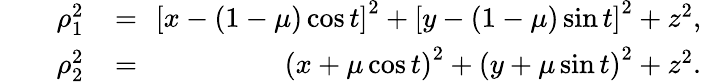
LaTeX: \begin{array}{rlr}{\qquad\rho_{1}^{2}}&{{}\! =\! \! }&{{\left[x-(1-\mu)\cos{t}\right]}^{2}+{\left[y-(1-\mu)\sin{t}\right]}^{2}+z^{2},}\\ {\qquad\rho_{2}^{2}}&{{}\! =\! \! }&{{\left(x+\mu\cos{t}\right)}^{2}+{\left(y+\mu\sin{t}\right)}^{2}+z^{2}.}\end{array}